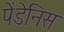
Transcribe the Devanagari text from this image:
पेंडेनिस